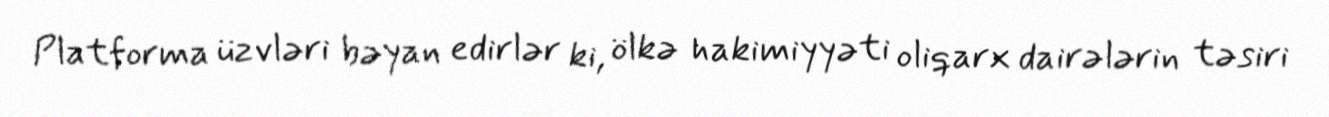
Platforma üzvləri bəyan edirlər ki, ölkə hakimiyyəti oliqarx dairələrin təsiri